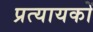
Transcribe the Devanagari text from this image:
प्रत्यायकों